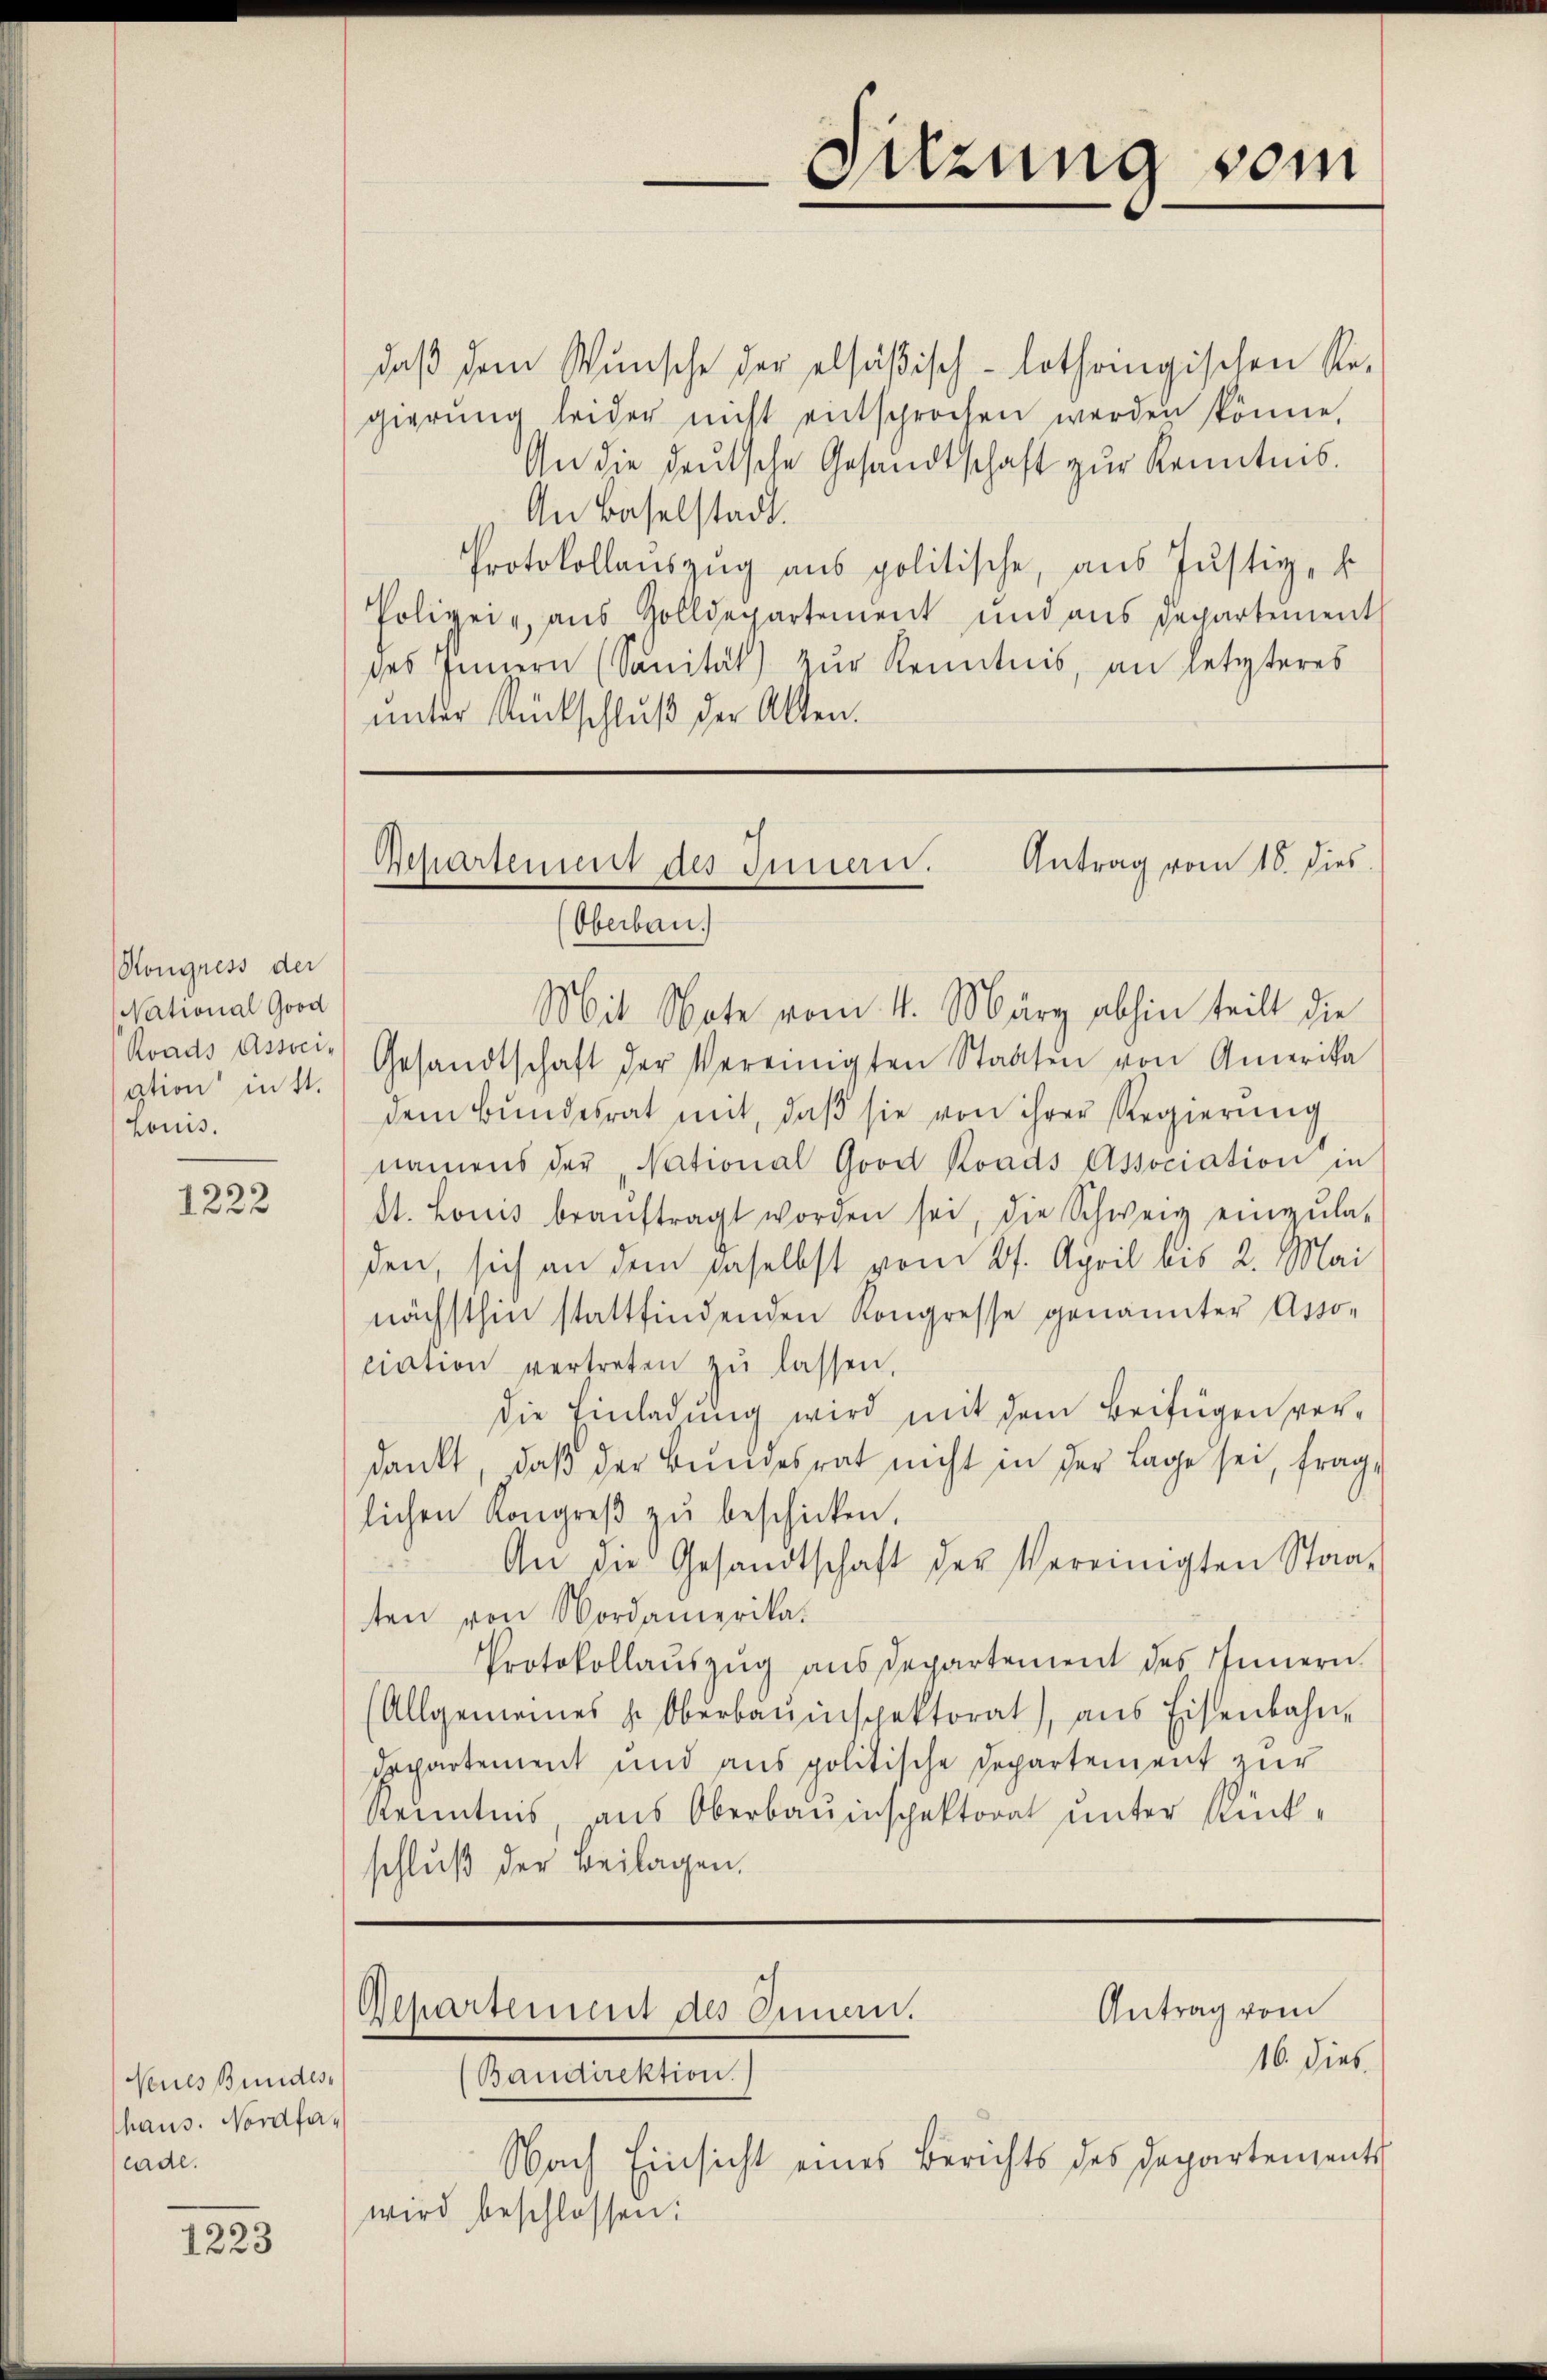
Kongress der
National Good
Roads Association mitt.
Louis.

1222

Neues Bundeshaus. Nordfalade.

1223

daß dem Wunsche der elsäßisch-lothringischen Re-
gierŭng leider nicht entsprochen werden könne.
An die deutsche Gesandtschaft zur Kenntnis.
An Baselstadt.
Protokollauszug aus politische, aus Justiz, s
Polizei, aus Zolldepartement und aus Departement
des Innern (Sanität) zŭr Kenntnis, an letzteres
unter Rückschluß der Alten.

Repartement des Innern. Antrag vom 16. dies
Oberbau.

Repartement des Omen.

Sitzung vom

Antrag vom

Mit Note vom 4. März abhin teilt die
Gesandtschaft der Vereinigten Staaten von Amerika
dem Bŭndesrat mit, daβ sie von ihrer Regierŭng
namens der „National Good Roads Association in
st. Louis beaŭftragt worden sei, die Schweiz einzŭla-
den, sich an dem daselbst vom 27. April bis 2. Mai
nächsthin stattfindenden Kongresse genannter Asso-
ciation vertreten zŭ lassen,
die Einladung wird mit dem Beifügen verdankt, daß der Bundesrat nicht in der Lage sei, fraglichen Kongreß zu beschicken.
An die Gesandtschaft der Vereinigten Staaten von Nordamerika.
Protokollaŭszŭg aŭsdepartement des Innern
(Allgemeines L. Oberbauinspektorat), ans Eisenbahn-
Departement und aus politische Departement zur
Kenntnis aus Oberbauinspektorat unter Rück-
schluß der Beilagen.

16. dies
Baudirektion
Nach Einsicht eines Berichts des Departements
wird beschlossen: